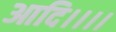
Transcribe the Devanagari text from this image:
आदि।।।।